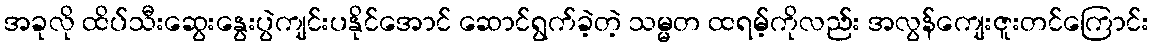
အခုလို ထိပ်သီးဆွေးနွေးပွဲကျင်းပနိုင်အောင် ဆောင်ရွက်ခဲ့တဲ့ သမ္မတ ထရမ့်ကိုလည်း အလွန်ကျေးဇူးတင်ကြောင်း